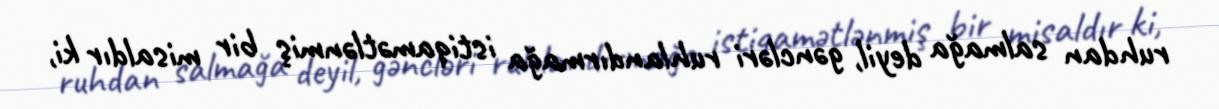
ruhdan salmağa deyil, gəncləri ruhlandırmağa istiqamətlənmiş bir misaldır ki,